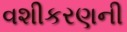
વશીકરણની